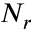
N _ { r }